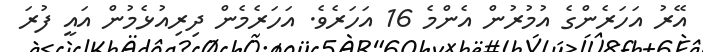
އޭރު އަހަރެންގެ އުމުރުން އެންމެ 16 އަހަރެވެ. އަހަރެމެން ދިރިއުޅެމުން އައީ ފުރަ